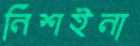
নিশইনা